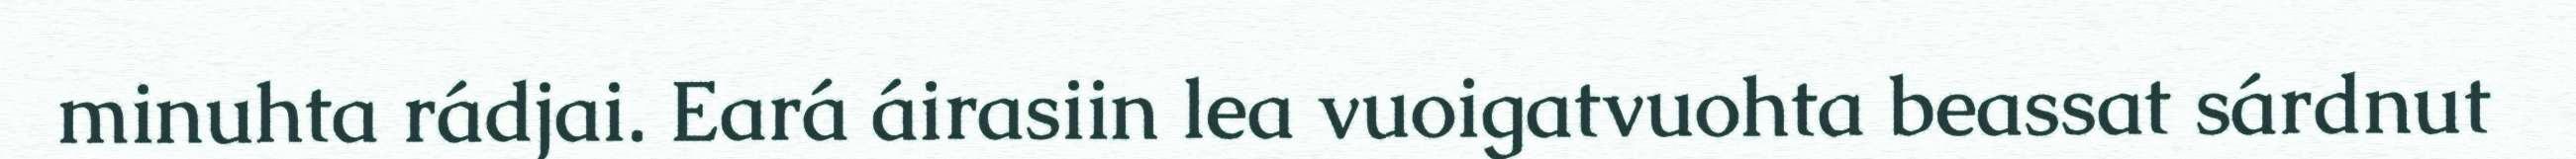
minuhta rádjai. Eará áirasiin lea vuoigatvuohta beassat sárdnut